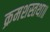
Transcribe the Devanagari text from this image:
क्रमशस्तथा॥